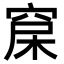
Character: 𥦃